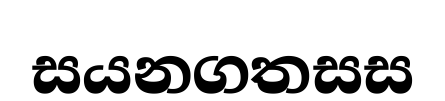
සයනගතසස